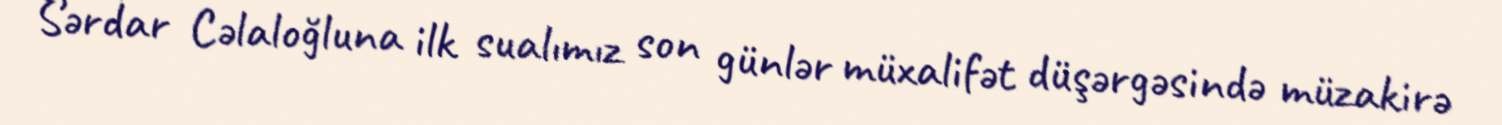
Sərdar Cəlaloğluna ilk sualımız son günlər müxalifət düşərgəsində müzakirə